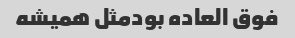
فوق العاده بودمثل همیشه